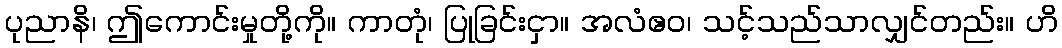
ပုညာနိ၊ ဤကောင်းမှုတို့ကို။ ကာတုံ၊ ပြုခြင်းငှာ။ အလံဧဝ၊ သင့်သည်သာလျှင်တည်း။ ဟိ